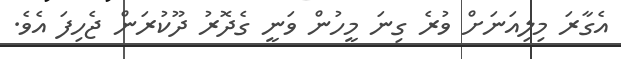
އެގާރަ މިލިއަނަށް ވުރެ ގިނަ މީހުން ވަނީ ގެދޮރު ދޫކުރަން ޖެހިފަ އެވެ.